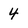
Character: 4